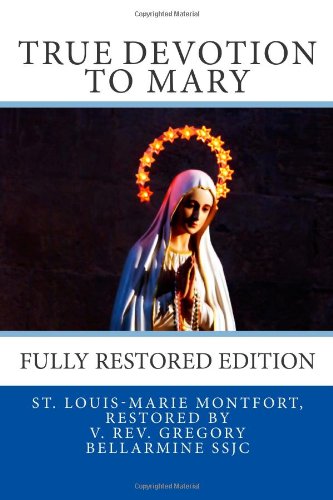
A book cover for True Devotion to Mary: Fully Restored Edition; Louis-Marie Grignon de Montfort; Christian Books & Bibles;